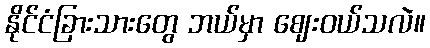
နိုင်ငံခြားသားတွေ ဘယ်မှာ ဈေးဝယ်သလဲ။